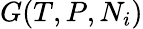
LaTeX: G(T,P,N_{i})